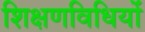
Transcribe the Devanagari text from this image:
शिक्षणविधियों